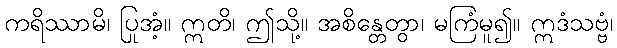
ကရိဿာမိ၊ ပြုအံ့။ ဣတိ၊ ဤသို့။ အစိန္တေတွာ၊ မကြံမူ၍။ ဣဒံသဗ္ဗံ၊